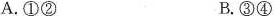
A.①② B.③④